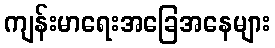
ကျန်းမာရေးအခြေအနေများ